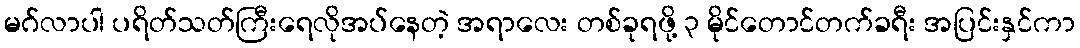
မဂ်လာပါ ပရိတ်သတ်ကြီးရေလိုအပ်နေတဲ့ အရာလေး တစ်ခုရဖို့ ၃ မိုင်တောင်တက်ခရီး အပြင်းနှင်ကာ